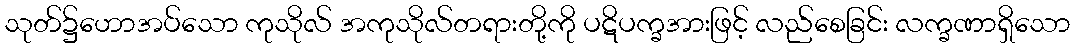
သုတ်၌ဟောအပ်သော ကုသိုလ် အကုသိုလ်တရားတို့ကို ပဋိပက္ခအားဖြင့် လည်စေခြင်း လက္ခဏာရှိသော